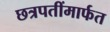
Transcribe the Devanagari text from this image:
छत्रपतींमार्फत